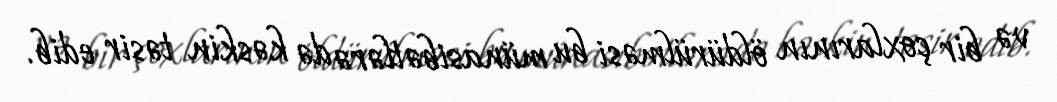
və bir çoxlarının öldürülməsi bu münasibətlərə də kəskin təsir edib.